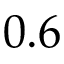
0 . 6